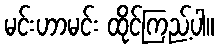
မင်းဟာမင်း ထိုင်ကြည့်ပါ။